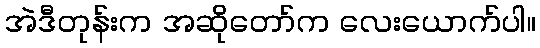
အဲဒီတုန်းက အဆိုတော်က လေးယောက်ပါ။